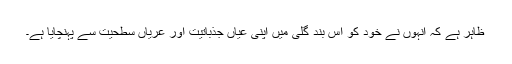
ظاہر ہے کہ انہوں نے خود کو اس بند گلی میں اپنی عیاں جذباتیت اور عریاں سطحیت سے پہنچایا ہے۔